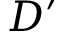
D ^ { \prime }